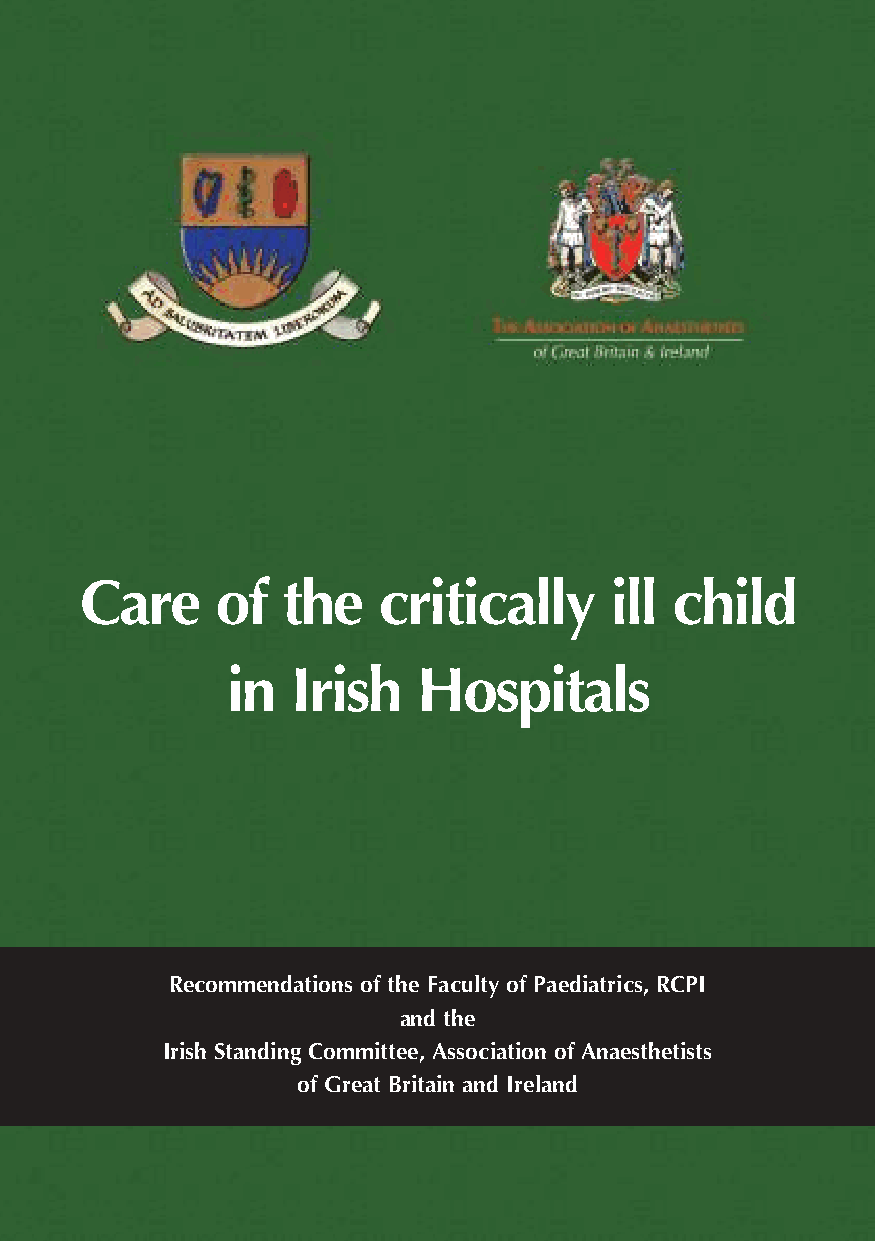
Care     of   the   critically     ill child
 in  Irish    Hospitals
 Recommendations of the Faculty of Paediatrics, RCPI
 and the
 Irish Standing Committee, Association of Anaesthetists
 of Great Britain and Ireland